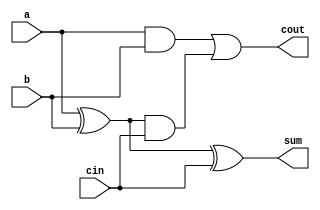
module full_adder(a, b, cin, sum, cout);
input a, b, cin ;
output sum, cout;
wire w1, w2, w3;
xor g1(w1, a, b);
xor g2(sum, w1, cin);
and g3(w2, a, b);
and g4(w3, w1, cin);
or g5(cout, w2, w3);
endmodule


module add_sub_4bit(a, b, sum, cout, ctrl);
input [3:0] a, b;
input ctrl;
output [3:0] sum;
output cout;
wire [3:0] wb;
wire [2:0] carryw;

xor g1(wb[0], ctrl, b[0]);
xor g2(wb[1], ctrl, b[1]);
xor g3(wb[2], ctrl, b[2]);
xor g4(wb[3], ctrl, b[3]);

full_adder a0(a[0], wb[0], ctrl, sum[0], carryw[0]);
full_adder a1(a[1], wb[1], carryw[0], sum[1], carryw[1]);
full_adder a2(a[2], wb[2], carryw[1], sum[2], carryw[2]);
full_adder a3(a[3], wb[3], carryw[2], sum[3], cout);

endmodule

module add_sub_4bit_tb;
reg [3:0] a, b;
reg ctrl;
wire [3:0] sum;
wire cout;

add_sub_4bit i1(a, b, sum, cout, ctrl);

initial
begin
	a = 4'b0000;
	b = 4'b0000;
	ctrl = 1'b0;
	$monitor("Time:%0t ctrl=%b a=%4b b=%4b sum=%4b cout=%b", $time, ctrl, a, b, sum, cout);
	#5 a = 4'b0001; b=4'b0010; ctrl = 1'b1;
	#5 a = 4'b0111; b=4'b0001; ctrl = 1'b0;
	#5 a = 4'b1111; b=4'b0001; ctrl = 1'b1;
	#5 a = 4'b1001; b=4'b0001; ctrl = 1'b0;
end
endmodule